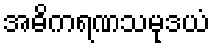
အဓိကရဏသမုဒယံ